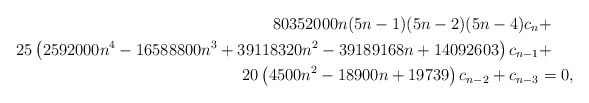
\begin{align*}80352000 n(5 n-1)(5 n-2)(5 n-4) c_{n} & +\\ 25\left(2592000 n^{4}-16588800 n^{3}+39118320 n^{2}-39189168 n+14092603\right) c_{n-1}&+ \\20\left(4500 n^{2}-18900 n+19739\right) c_{n-2} + c_{n-3} & = 0, \end{align*}